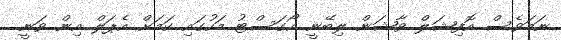
ނަމަވެސް އޮފިޝަލް ވާޝަން ލިބޭނީ އޯގަސްޓު މަހުގައި ކަމަށް އެޕަލް އިން ވަނީ